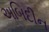
અબિદીન